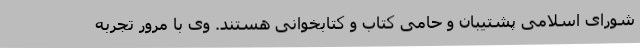
شورای اسلامی پشتیبان و حامی کتاب و کتابخوانی هستند. وی با مرور تجربه